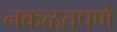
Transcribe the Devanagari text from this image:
नकळतपणे